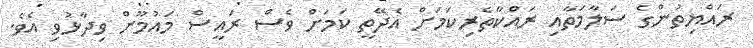
ރައްޔިތުންގެ ސަލާމަތާއި ރައްކާތެރިކަމަށް އެދޭތީ ކަމަށް ވެސް ރައީސް މައުމޫން ވިދާޅުވި އެވެ.